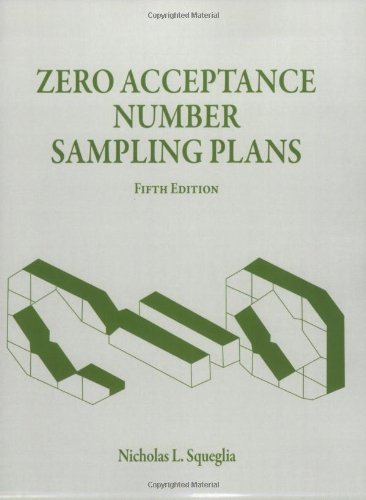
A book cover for Zero Acceptance Number Sampling Plans, Fifth Edition; Nicholas L. Squeglia; Reference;